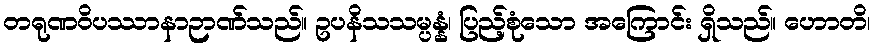
တရုဏဝိပဿာနာဉာဏ်သည်။ ဥပနိသသမ္ပန္နံ၊ ပြည့်စုံသော အကြောင်း ရှိသည်။ ဟောတိ၊